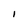
Character: I